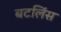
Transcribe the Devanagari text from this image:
बटलिंस